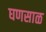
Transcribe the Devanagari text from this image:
घणसाळ